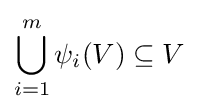
\bigcup _{i=1}^{m}\psi _{i}(V)\subseteq V